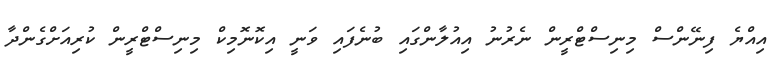
އިއްޔެ ފިނޭންސް މިނިސްޓްރީން ނެރުނު އިއުލާންގަައި ބުނެފައި ވަނީ އިކޮނޮމިކް މިނިސްޓްރީން ކުރިއަށްގެންދާ